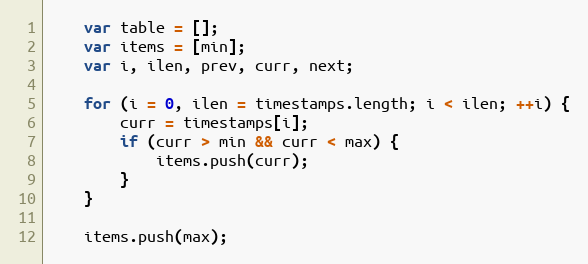
Language: JavaScript
	var table = [];
	var items = [min];
	var i, ilen, prev, curr, next;

	for (i = 0, ilen = timestamps.length; i < ilen; ++i) {
		curr = timestamps[i];
		if (curr > min && curr < max) {
			items.push(curr);
		}
	}

	items.push(max);